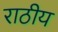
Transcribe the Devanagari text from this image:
राठीय